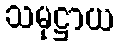
သမုဋ္ဌာယ